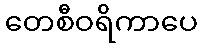
တေစီဝရိကာပေ